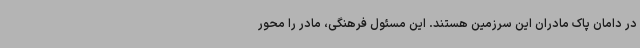
در دامان پاک مادران این سرزمین هستند. این مسئول فرهنگی، مادر را محور